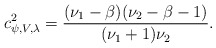
\begin{align*}c^2_{\psi, V,\lambda}=\frac{(\nu_1-\beta)(\nu_2-\beta-1)}{(\nu_1+1)\nu_2}.\end{align*}